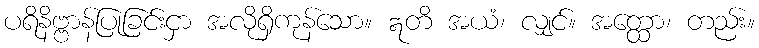
ပရိနိဗ္ဗာန်ပြုခြင်းငှာ အလိုရှိကုန်သော။ ဣတိ အယံ၊ လျှင်။ အတ္ထော၊ တည်း။